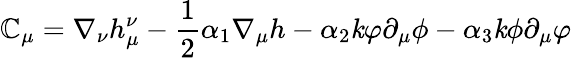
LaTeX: \mathbb{C}_{\mu}=\nabla_{\nu}h_{\mu}^{\nu}-\frac{{1}}{{2}}\alpha_{1}\nabla_{\mu}h-\alpha_{2}{\mathit{k}}\varphi\partial_{\mu}\phi-\alpha_{3}{\mathit{k}}\phi\partial_{\mu}\varphi